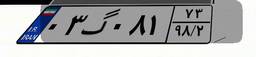
۸۸گ۴۴۹۴۹